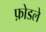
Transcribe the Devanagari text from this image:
फ़ोडले